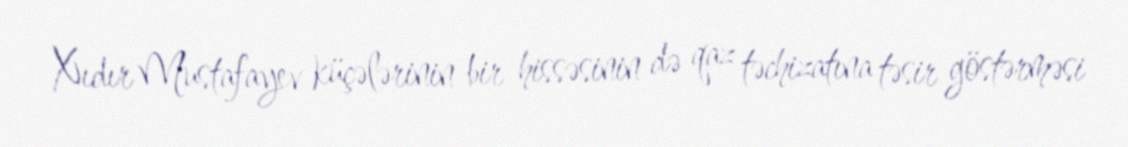
Xıdır Mustafayev küçələrinin bir hissəsinin də qaz təchizatına təsir göstərməsi